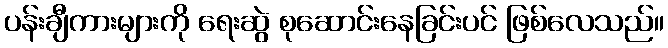
ပန်းချီကားများကို ရေးဆွဲ စုဆောင်းနေခြင်းပင် ဖြစ်လေသည်။